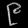
Digit: ၉